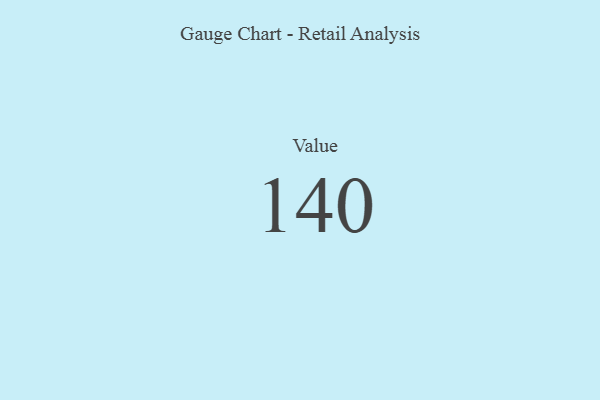
{"axis": {"x": "Metric", "y": "Value"}, "legend": [""], "data": [{"x": "Value", "y": 140, "type": ""}]}